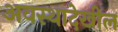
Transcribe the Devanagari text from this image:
अवस्थादेखील